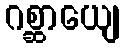
ဂစ္ဆာယျေ